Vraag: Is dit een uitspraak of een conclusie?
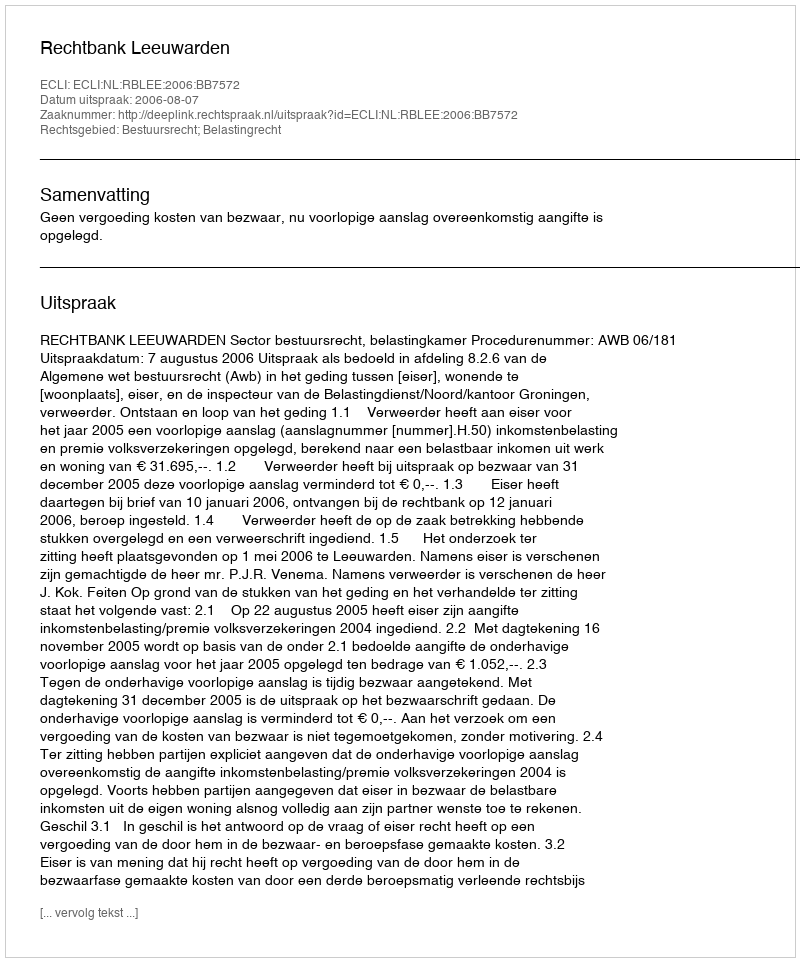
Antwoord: Uitspraak